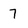
Character: 7